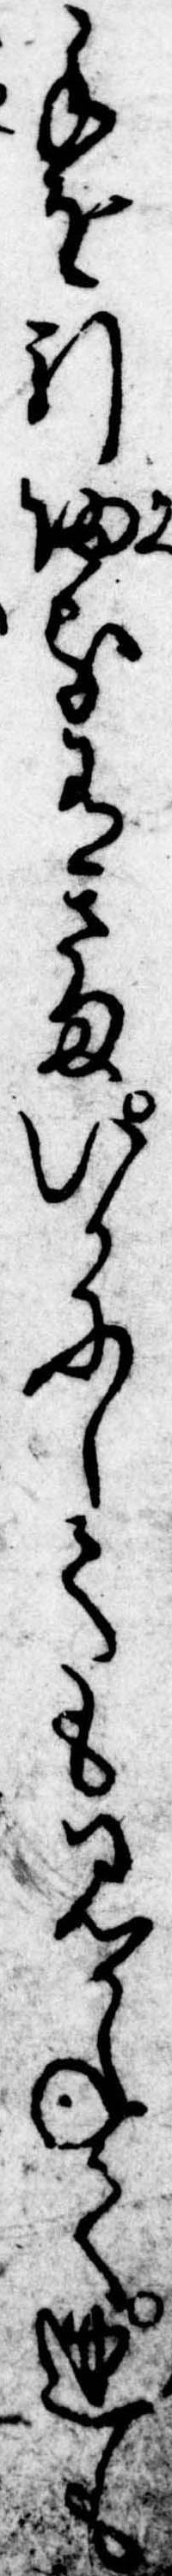
手を引帰る有さまいかにしても見かねて迚も